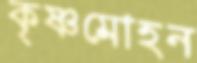
কৃষ্ণমোহন